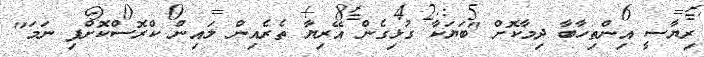
ރިޔާސީ އިންތިހާބާ ދިމާކޮށް "ބަޔަކާ ގުޅިގެން އޭރިޔާ ތެރެއިން ލައިން ކްރޮސްކޮށްފި ނަމަ"